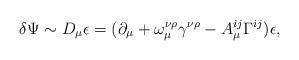
LaTeX: \begin{align*}\delta \Psi\sim D_{\mu}\epsilon=(\partial_{\mu}+\omega_{\mu}^{\nu\rho}\gamma^{\nu\rho}-A_{\mu}^{ij}\Gamma^{ij})\epsilon,\end{align*}